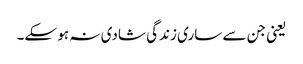
یعنی جن سے ساری زندگی شادی نہ ہو سکے۔